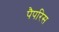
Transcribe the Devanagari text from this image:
पैपरिस